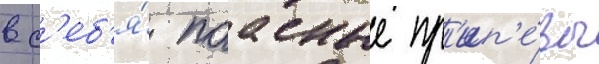
в с'еб'я́ поасные пр'ип'е́вы